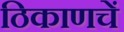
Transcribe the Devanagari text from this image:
ठिकाणचें